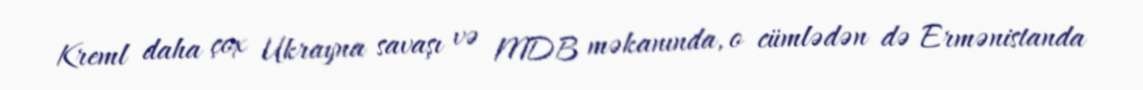
Kreml daha çox Ukrayna savaşı və MDB məkanında, o cümlədən də Ermənistanda